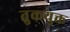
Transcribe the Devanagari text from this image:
तुकयुक्त